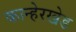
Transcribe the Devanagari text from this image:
कान्हेरखेड